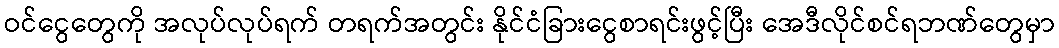
ဝင်ငွေတွေကို အလုပ်လုပ်ရက် တရက်အတွင်း နိုင်ငံခြားငွေစာရင်းဖွင့်ပြီး အေဒီလိုင်စင်ရဘဏ်တွေမှာ